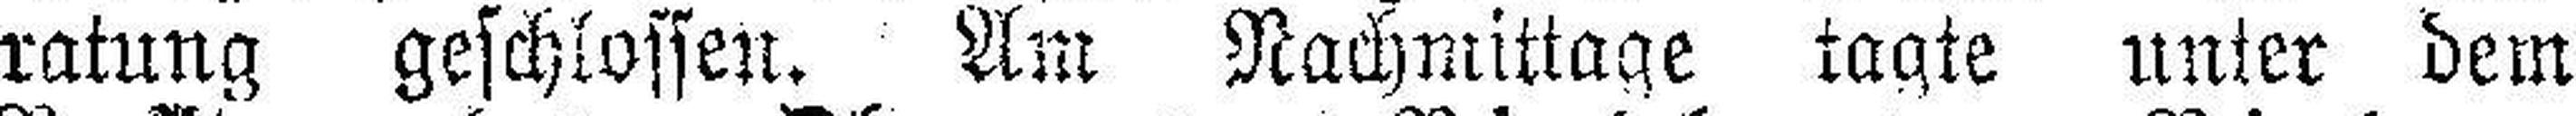
ratung geschlossen. Am Nachmittage tagte unter dem